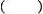
( )